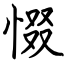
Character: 惙